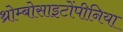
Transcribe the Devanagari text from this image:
थ्रोम्बोसाइटोंपीनिया